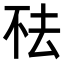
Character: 𬻛